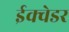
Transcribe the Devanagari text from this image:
ईक्वेडर